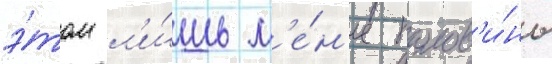
э́том л'и́шь м'е́н'ее полов'и́ны